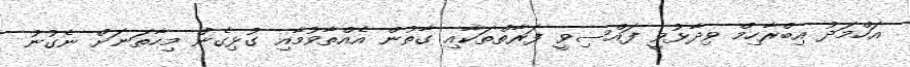
އަހްމަދު އިބްރާހިމް ވިދާޅުވީ ފައްސިވީ ފަރާތްތަކާއި ގާތުން އެއްތާވުމާއި ގުޅިގެން މިހާތަނަށް ނެގުނު